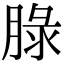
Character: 䐂